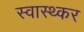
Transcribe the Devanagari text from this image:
स्वास्थ्कर